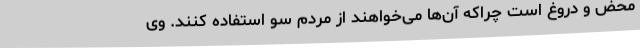
محض و دروغ است چراکه آن‌ها می‌خواهند از مردم سو استفاده کنند. وی